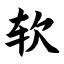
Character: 软